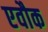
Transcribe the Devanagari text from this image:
एवौक